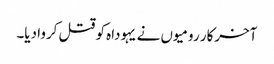
‏ آخرکار رومیوں نے یہوداہ کو قتل کروا دیا۔